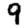
Digit: 9